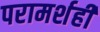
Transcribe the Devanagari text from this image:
परामर्शही